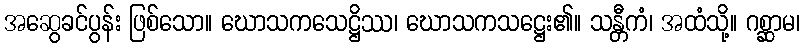
အဆွေခင်ပွန်း ဖြစ်သော။ ဃောသကသေဋ္ဌိဿ၊ ဃောသကသဋ္ဌေး၏။ သန္တီကံ၊ အထံသို့။ ဂစ္ဆာမ၊